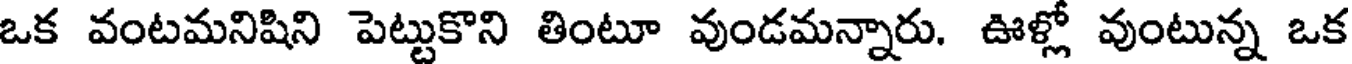
ఒక వంటమనిషిని పెట్టుకొని తింటూ వుండమన్నారు. ఊళ్లో వుంటున్న ఒక